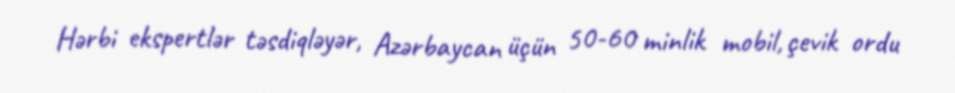
Hərbi ekspertlər təsdiqləyər, Azərbaycan üçün 50-60 minlik mobil, çevik ordu